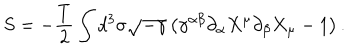
S = - \frac { T } { 2 } \int d ^ { 3 } \sigma \sqrt { - \gamma } \left( \gamma ^ { \alpha \beta } \partial _ { \alpha } X ^ { \mu } \partial _ { \beta } X _ { \mu } - 1 \right) .